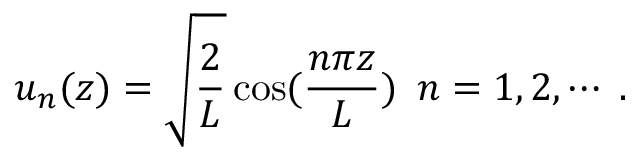
u _ { n } ( z ) = \sqrt { \frac { 2 } { L } } \cos ( \frac { n \pi z } { L } ) \, \, \, n = 1 , 2 , \cdots \; .